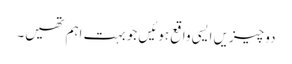
دو چیزیں ایسی واقع ہوئیں جو بہت اہم تھیں۔